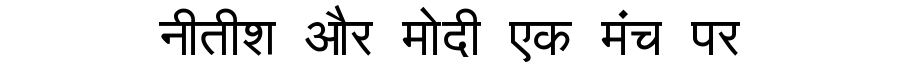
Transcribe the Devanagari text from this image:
नीतीश और मोदी एक मंच पर